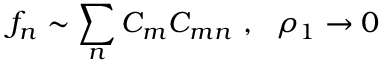
f _ { n } \sim \sum _ { n } { \cal C } _ { m } { \cal C } _ { m n } \ , \ \ \rho _ { 1 } \rightarrow 0